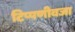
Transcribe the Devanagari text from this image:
टिप्पणीवजा